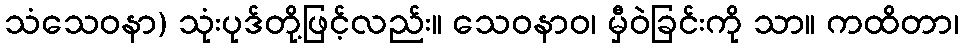
သံသေဝနာ) သုံးပုဒ်တို့ဖြင့်လည်း။ သေဝနာဝ၊ မှီဝဲခြင်းကို သာ။ ကထိတာ၊